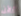
الآن